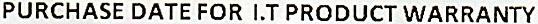
PURCHASE DATE FOR I.T PRODUCT WARRANTY